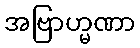
အဗြာဟ္မဏာ